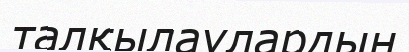
талқылаулардың